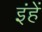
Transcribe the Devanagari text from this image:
इंहें